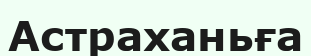
Астраханьға